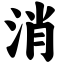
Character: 消